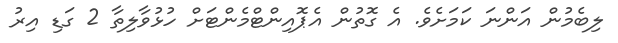
ލިބެމުން އަންނަ ކަމަށެވެ. އެ ގޮތުން އެޕޮއިންޓްމެންޓަށް ހުޅުވާލިތާ 2 ގަޑި އިރު